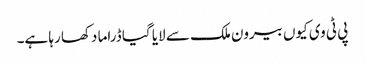
پی ٹی وی کیوں بیرون ملک سے لایا گیا ڈراما دکھا رہا ہے۔